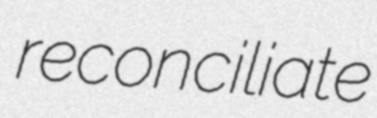
reconciliate